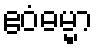
ဧဝံဓမ္မာ